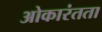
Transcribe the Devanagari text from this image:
ओकारंतता